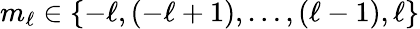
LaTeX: m_{\ell}\in\{ -\ell,(-\ell+1),\ldots,(\ell-1),\ell\}